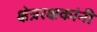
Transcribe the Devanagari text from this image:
क्षेत्ररक्षकांनी